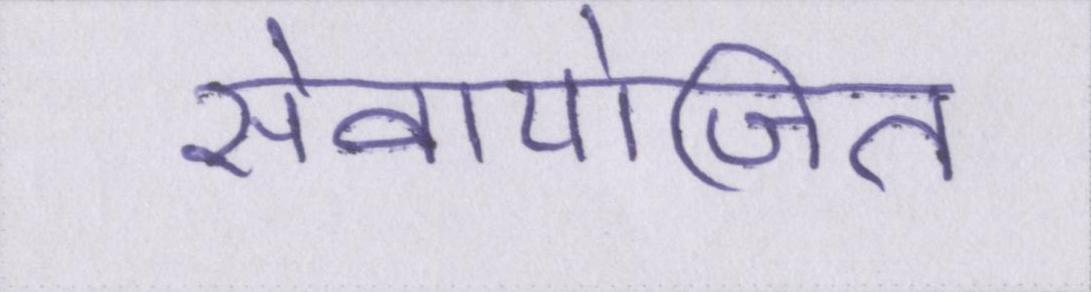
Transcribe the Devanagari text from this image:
सेवायोजित